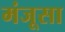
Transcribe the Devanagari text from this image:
मंजूसा